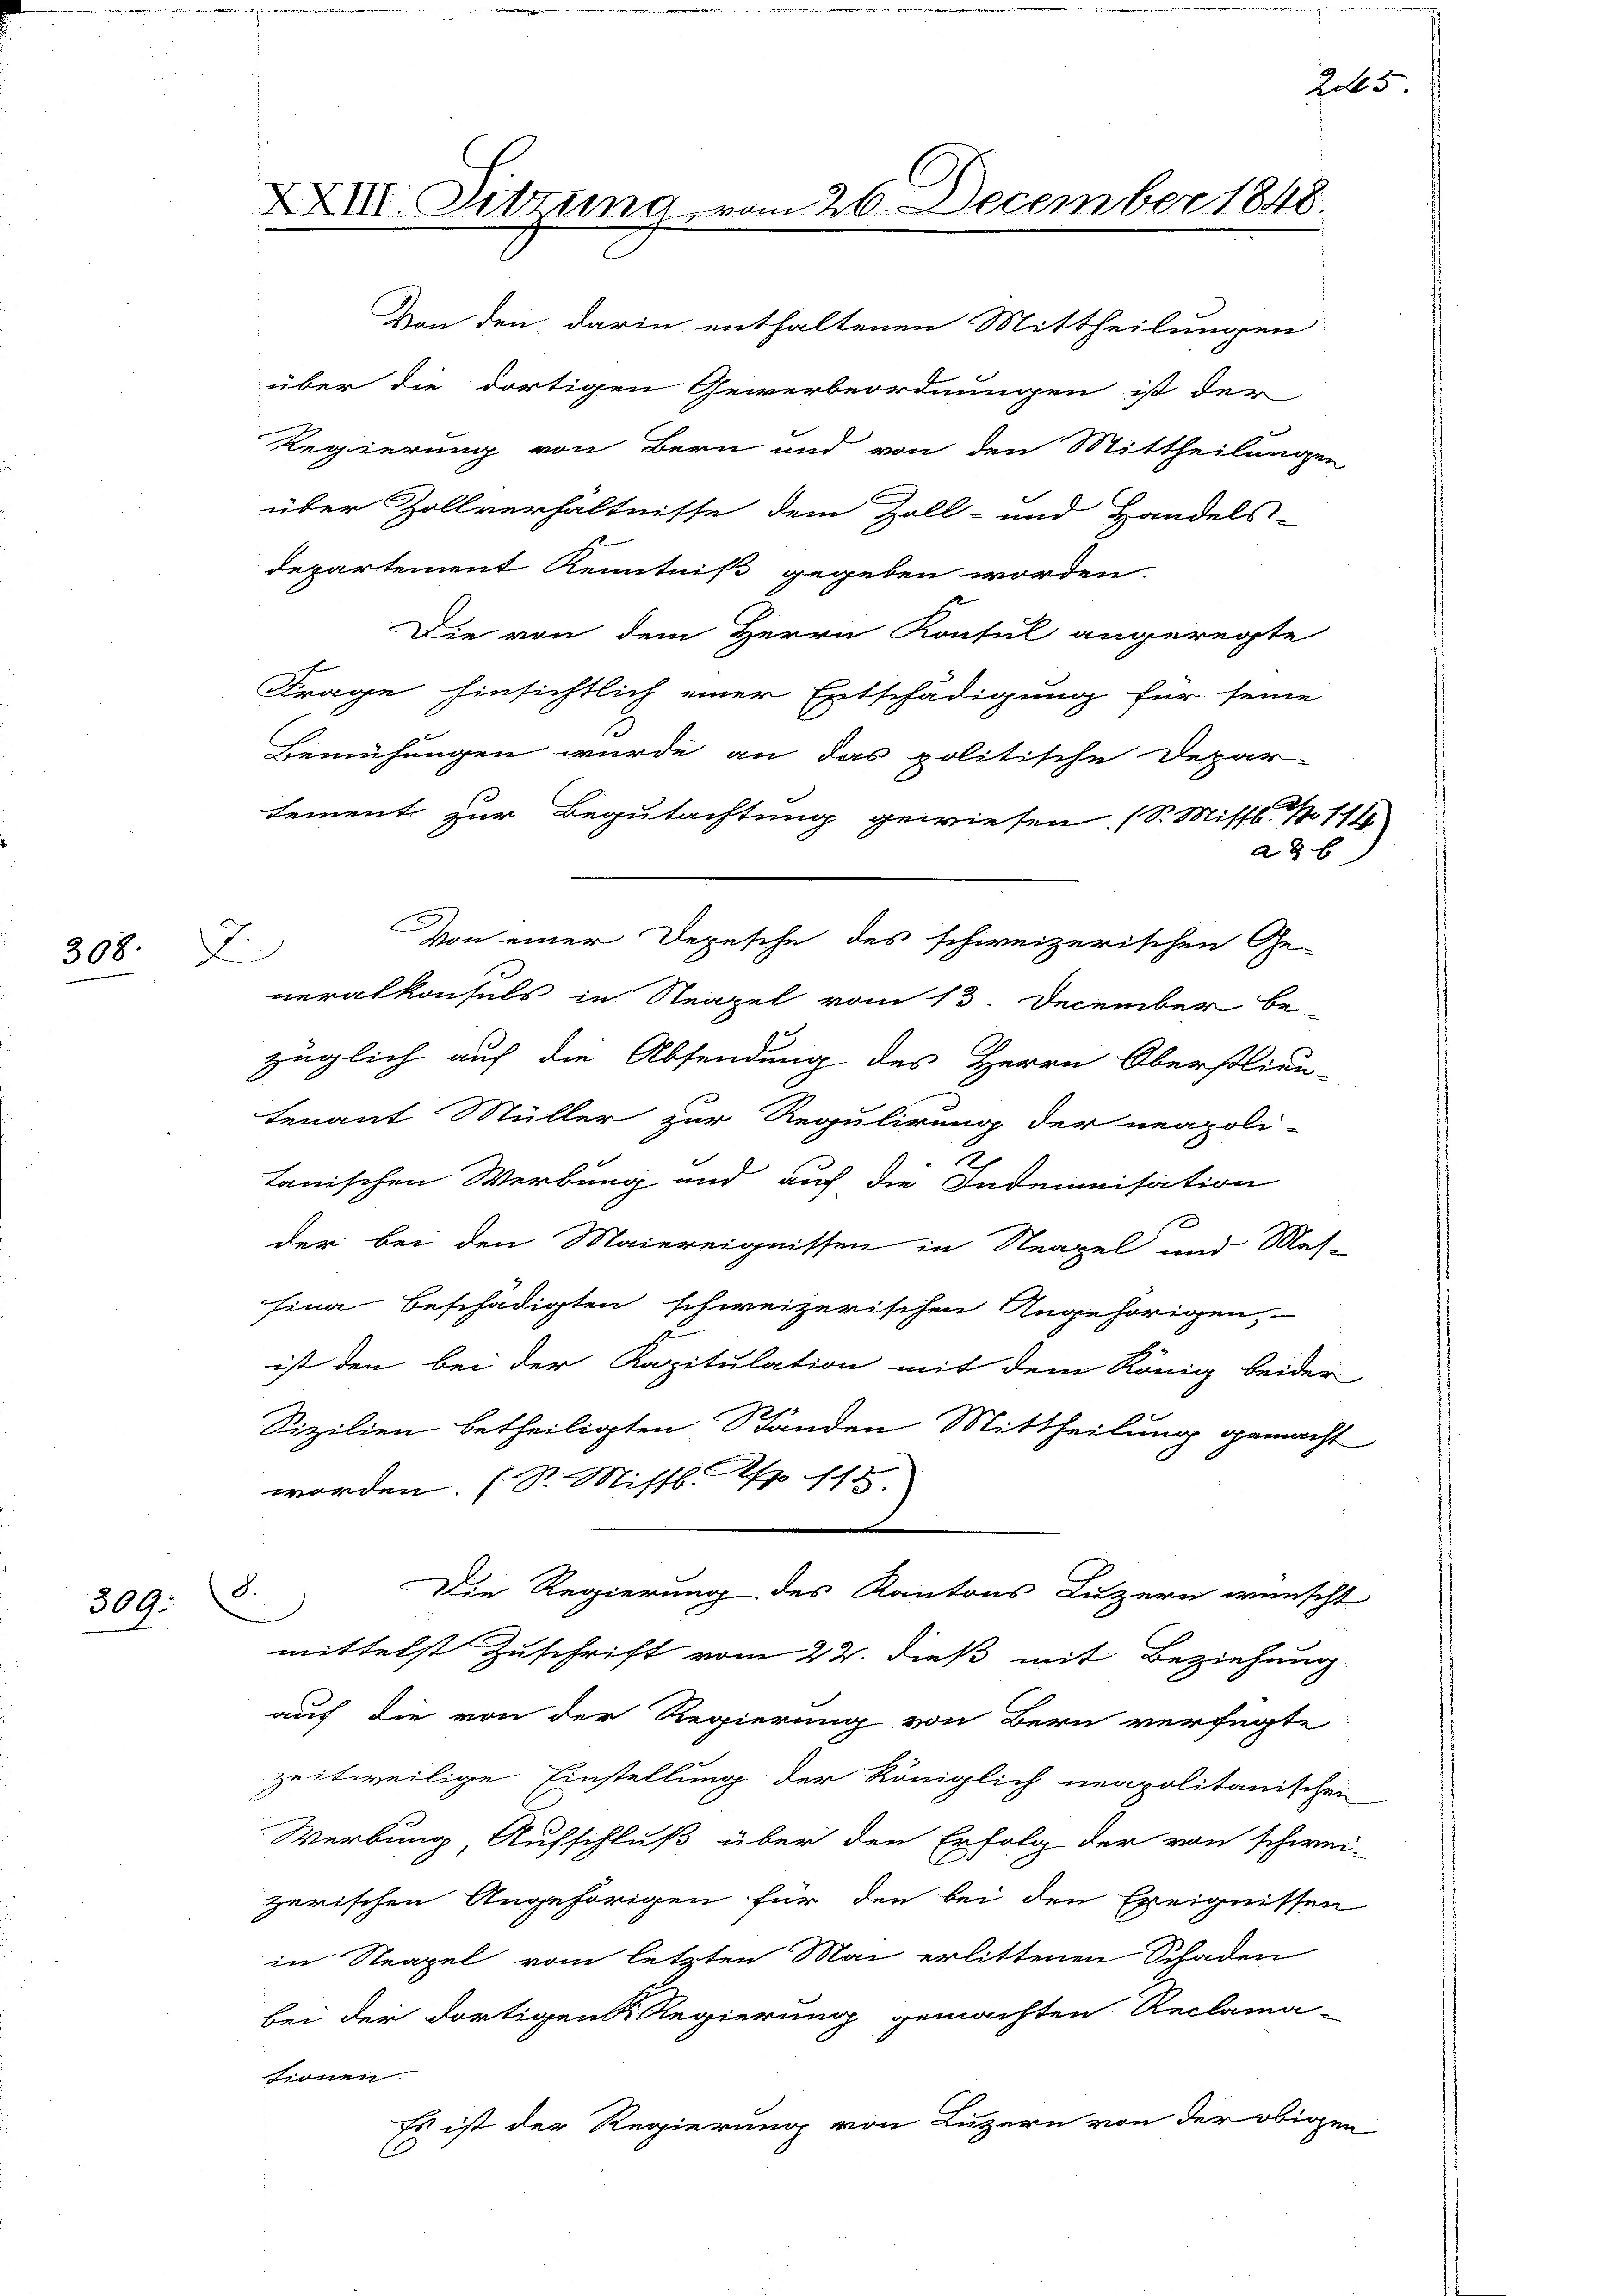
308.

309.

.

departement Kenntniß gegeben worden.
Die von dem Herrn Konsul angeregte
Frage hinsichtlich einer Entschädigung für seine
Bemühungen wurde an das politische Depar-
lement zur Begutachtung gewiesen. (S. Missl No 111
neralkonsuls in Neapel vom 13. December be-
züglich auf die Absendung des Herrn Oberstlieu-
tenant Müller zur Regulirung der neapoli-
s
tanischen Werbung und auf die Indemnisation
der bei den Maiereignissen in Neapel und Mas-
sina beschädigten schweizerischen Angehörigen,
ist den bei der Kapitulation mit dem König beider
Sizilien betheiligten Ständen Mittheilung gemacht
worden. (St. Mistl. Rp. 115.
S.
Die Regierung des Kantons Luzern wünscht
.
mittelst Zuschrift vom 22. dieß mit Beziehung
auf die von der Regierung von Bern verfügte
zeitweilige Einstellung der Königlich neapolitanischen
Werbung, Aufschluß über den Erfolg der von schwei-
zerischen Angehörigen für den bei den Ereignissen
in Neapel vom letzten Mai erlittenen Schaden
bei der dortigen Regierung gemachten Reclama-
tionen.
Es ist der Regierung von Luzern von der obigen

XXIII. Sitzung, vom 26. December 1848.

Von den darin enthaltenen Mittheilungen
über die dortigen Gewerbeordnungen ist der
Regierung von Bern und von den Mittheilungen
über Zollverhältnisse dem Zoll- und Handels-

Von einer Depesche des schweizerischen Ge-

habs

8 x

d

e